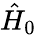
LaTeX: \hat{H}_{0}